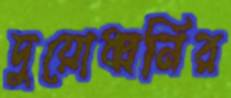
দুয়োধ্বনির